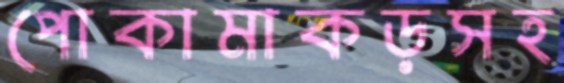
পোকামাকড়সহ